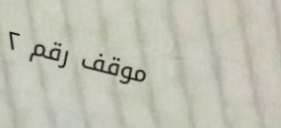
موقف رقم ٢